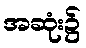
အဆုံး၌